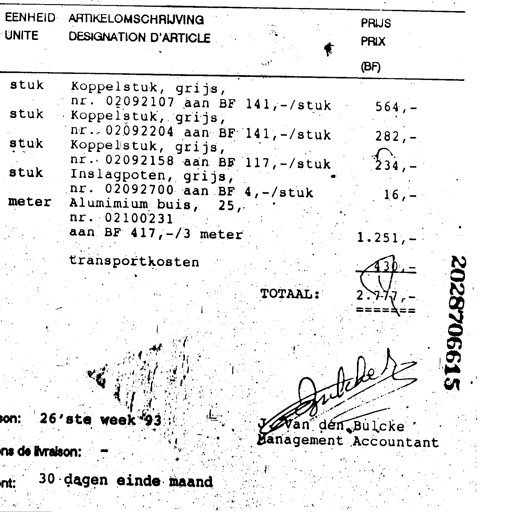
EENHEID ARTIKELOMSCHRIJVING PRIJS
UNITE DESIGNATION D'ARTICLE PRIX
(BF)

stuk Koppelstuk, grijs,
nr. 02092107 aan BF 141,-/stuk 564,-
stuk Koppelstuk, grijs,
nr. 02092204 aan BF 141,-/stuk 282,-
stuk Koppelstuk, grijs,
nr. 02092158 aan BF 117,-/stuk 234,-
stuk Inslagpoten, grijs,
nr. 02092700 aan BF 4,-/stuk 16,-
meter Alumimium buis, 25,
nr. 02100231
aan BF 417,-/3 meter 1.251,-
transportkosten 430,-
TOTAAL: 2.777,-
=======
son: 26'ste week '93
J. Van den Bulcke
ns de livraison: - Management Accountant
nt: 30 dagen einde maand
2028706615